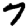
Digit: 7